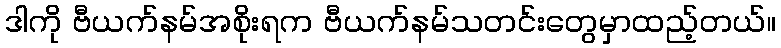
ဒါကို ဗီယက်နမ်အစိုးရက ဗီယက်နမ်သတင်းတွေမှာထည့်တယ်။